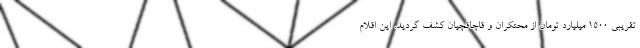
تقریبی ۱۵۰۰ میلیارد تومان از محتکران و قاچاقچیان کشف گردید. این اقلام